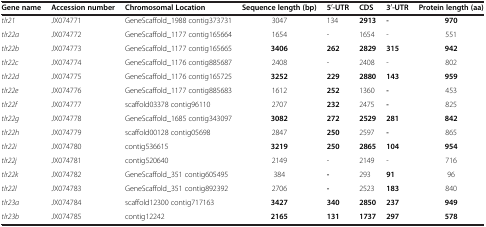
<table><thead><tr><td><b>Gene name</b></td><td><b>Accession number</b></td><td><b>Chromosomal Location</b></td><td><b>Sequence length (bp)</b></td><td><b>5<sup>′</sup>-UTR</b></td><td><b>CDS</b></td><td><b>3<sup>′</sup>-UTR</b></td><td><b>Protein length (aa)</b></td></tr></thead><tbody><tr><td><i>tlr21</i></td><td>JX074771</td><td>GeneScaffold_1988 contig373731</td><td>3047</td><td>134</td><td><b>2913</b></td><td><b>-</b></td><td><b>970</b></td></tr><tr><td><i>tlr22a</i></td><td>JX074772</td><td>GeneScaffold_1177 contig165664</td><td>1654</td><td>-</td><td>1654</td><td>-</td><td>551</td></tr><tr><td><i>tlr22b</i></td><td>JX074773</td><td>GeneScaffold_1177 contig165665</td><td><b>3406</b></td><td><b>262</b></td><td><b>2829</b></td><td><b>315</b></td><td><b>942</b></td></tr><tr><td><i>tlr22c</i></td><td>JX074774</td><td>GeneScaffold_1176 contig885687</td><td>2408</td><td>-</td><td>2408</td><td>-</td><td>802</td></tr><tr><td><i>tlr22d</i></td><td>JX074775</td><td>GeneScaffold_1176 contig165725</td><td><b>3252</b></td><td><b>229</b></td><td><b>2880</b></td><td><b>143</b></td><td><b>959</b></td></tr><tr><td><i>tlr22e</i></td><td>JX074776</td><td>GeneScaffold_1177 contig885683</td><td>1612</td><td><b>252</b></td><td>1360</td><td><b>-</b></td><td>453</td></tr><tr><td><i>tlr22f</i></td><td>JX074777</td><td>scaffold03378 contig96110</td><td>2707</td><td><b>232</b></td><td>2475</td><td><b>-</b></td><td>825</td></tr><tr><td><i>tlr22g</i></td><td>JX074778</td><td>GeneScaffold_1685 contig343097</td><td><b>3082</b></td><td><b>272</b></td><td><b>2529</b></td><td><b>281</b></td><td><b>842</b></td></tr><tr><td><i>tlr22h</i></td><td>JX074779</td><td>scaffold00128 contig05698</td><td>2847</td><td><b>250</b></td><td>2597</td><td><b>-</b></td><td>865</td></tr><tr><td><i>tlr22i</i></td><td>JX074780</td><td>contig536615</td><td><b>3219</b></td><td><b>250</b></td><td><b>2865</b></td><td><b>104</b></td><td><b>954</b></td></tr><tr><td><i>tlr22j</i></td><td>JX074781</td><td>contig520640</td><td>2149</td><td>-</td><td>2149</td><td>-</td><td>716</td></tr><tr><td><i>tlr22k</i></td><td>JX074782</td><td>GeneScaffold_351 contig605495</td><td>384</td><td><b>-</b></td><td>293</td><td><b>91</b></td><td>96</td></tr><tr><td><i>tlr22l</i></td><td>JX074783</td><td>GeneScaffold_351 contig892392</td><td>2706</td><td><b>-</b></td><td>2523</td><td><b>183</b></td><td>840</td></tr><tr><td><i>tlr23a</i></td><td>JX074784</td><td>scaffold12300 contig717163</td><td><b>3427</b></td><td><b>340</b></td><td><b>2850</b></td><td><b>237</b></td><td><b>949</b></td></tr><tr><td><i>tlr23b</i></td><td>JX074785</td><td>contig12242</td><td><b>2165</b></td><td><b>131</b></td><td><b>1737</b></td><td><b>297</b></td><td><b>578</b></td></tr></tbody></table>